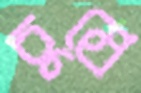
চুম্‌রে